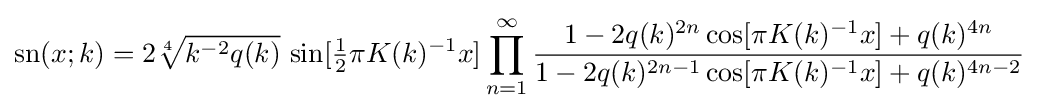
\operatorname {sn} (x;k)=2{\sqrt[{4}]{k^{-2}q(k)}}\,\sin[{\tfrac {1}{2}}\pi K(k)^{-1}x]\prod _{n=1}^{\infty }{\frac {1-2q(k)^{2n}\cos[\pi K(k)^{-1}x]+q(k)^{4n}}{1-2q(k)^{2n-1}\cos[\pi K(k)^{-1}x]+q(k)^{4n-2}}}